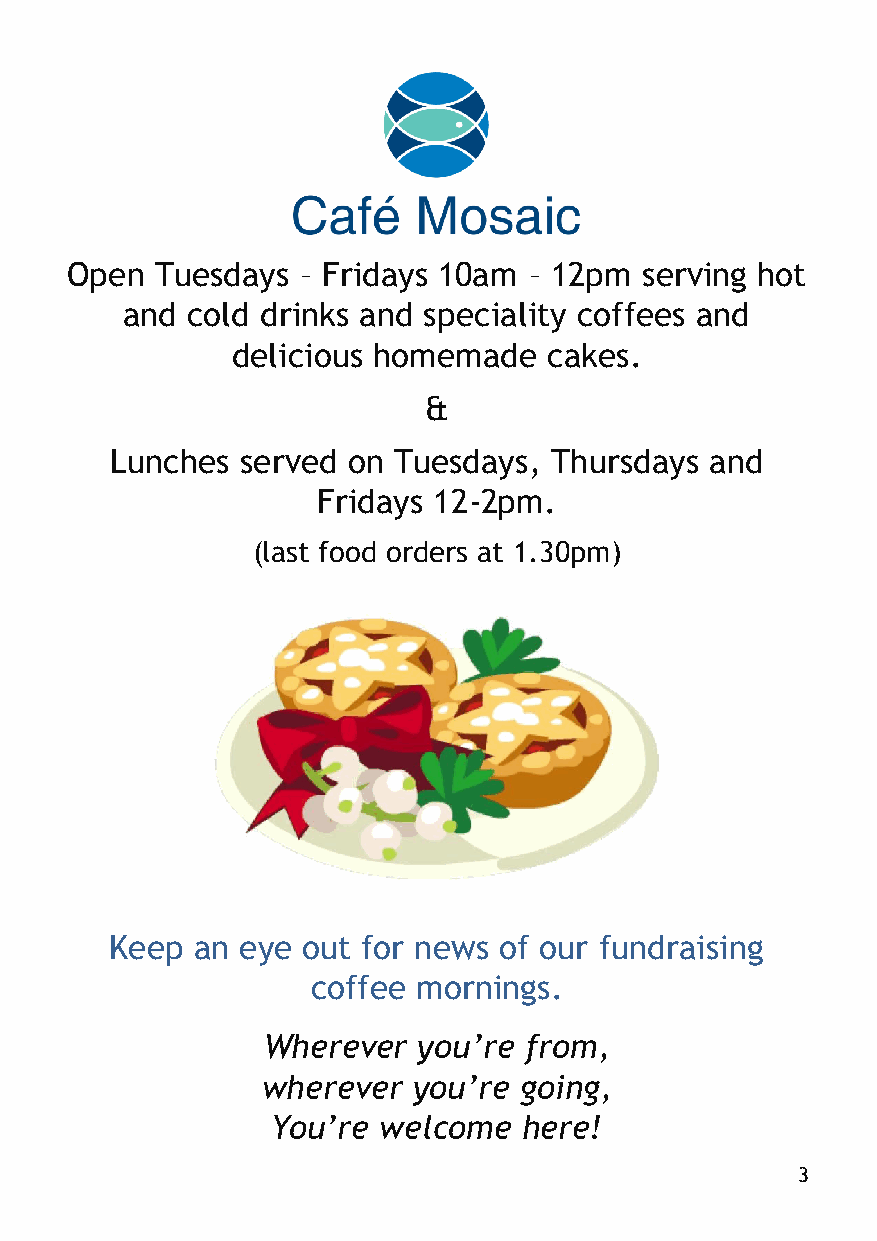
Open  Tuesdays  – Fridays 10am – 12pm serving hot
 and cold drinks and speciality coffees and
 delicious homemade   cakes.
 &
 Lunches  served on Tuesdays, Thursdays  and
 Fridays 12-2pm.
 (last food orders at 1.30pm)
 Keep  an eye out for news of our fundraising
 coffee mornings.
 Wherever   you’re from,
 wherever  you’re going,
 You’re welcome   here!
 3